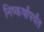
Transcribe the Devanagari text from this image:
निष्कर्षांपर्यंत